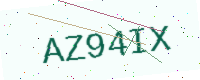
Text: AZ94IX